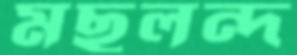
মছলন্দ